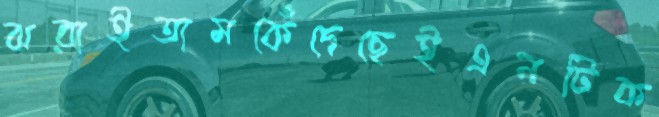
ঝরাইতামকেঁদেছেইএনটিক